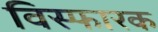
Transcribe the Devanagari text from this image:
विस्फारक